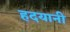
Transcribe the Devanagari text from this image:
हदयानी